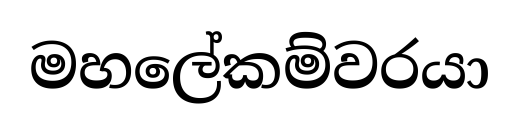
මහලේකම්වරයා